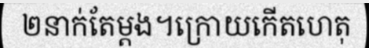
២នាក់តែម្តង។ក្រោយកើតហេតុ